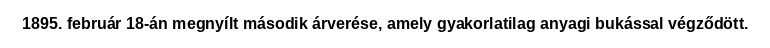
1895. február 18-án megnyílt második árverése, amely gyakorlatilag anyagi bukással végződött.